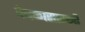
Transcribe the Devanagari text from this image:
देवळासारखी